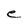
Character: e